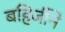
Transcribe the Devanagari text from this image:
बहिर्जीने